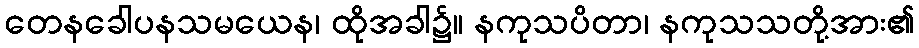
တေနခေါပနသမယေန၊ ထိုအခါ၌။ နကုသပိတာ၊ နကုသသတို့အား၏